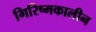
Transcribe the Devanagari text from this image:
गिरिष्मकालीन